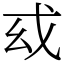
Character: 𢦙